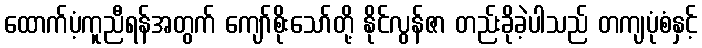
ထောက်ပံ့ကူညီရန်အတွက် ကျော်စိုးသော်တို့ နိုင်လွန်ဇာ တည်းခိုခဲ့ပါသည် တကျပုံစံနှင့်